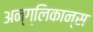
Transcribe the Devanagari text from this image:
अन्ग्लिकान्स